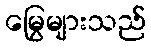
မြွေများသည်